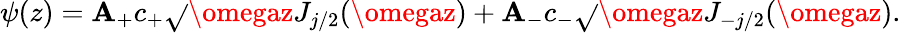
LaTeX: \psi(z)=\mathbf{A}_{+}c_{+}\sqrt{}{{\omegaz}}J_{j/2}(\omegaz)+\mathbf{A}_{-}c_{-}\sqrt{}{{\omegaz}}J_{-j/2}(\omegaz).